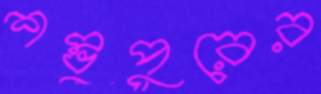
শম্ভুপুরের